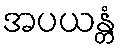
အပယန္တံ